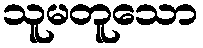
သူမတူသော